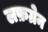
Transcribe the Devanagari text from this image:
लफ़ग्रेन